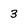
Character: 3